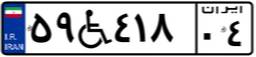
۵۹W۴۱۸۰۴